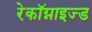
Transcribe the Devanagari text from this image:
रेकॉग्नाइज्ड